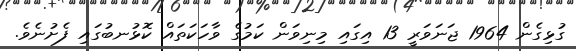
ގުޅިގެން 1964 ޖަނަވަރީ 13 އިގައި މިނިވަން ކަމުގެ ވާހަކަތައް ކޮޅުނބުގައި ފެށުނެވެ.